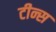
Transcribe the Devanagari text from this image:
टीन्स